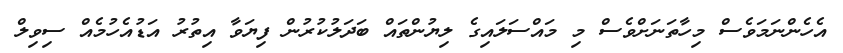
އެހެންނަމަވެސް މިހާތަނަށްވެސް މި މައްސަލައިގެ ލިޔުންތައް ބަދަލުކުރުން ފިޔަވާ އިތުރު އަޑުއެހުމެއް ސިވިލް